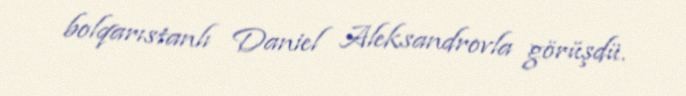
bolqarıstanlı Daniel Aleksandrovla görüşdü.